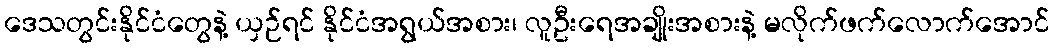
ဒေသတွင်းနိုင်ငံတွေနဲ့ ယှဉ်ရင် နိုင်ငံအရွယ်အစား၊ လူဦးရေအချိုးအစားနဲ့ မလိုက်ဖက်လောက်အောင်